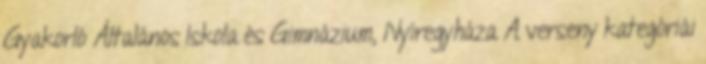
Gyakorló Általános Iskola és Gimnázium, Nyíregyháza A verseny kategóriái